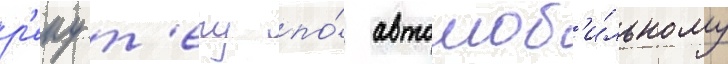
р'еку т'ечу по́ автомоб'и́льному